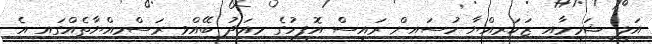
އަލީ ޝަމީމާއި ޒަކަރިއްޔާ ހުސައިން ރައީސް އޮފީހުގެ މިއަދު ބޭއްވި ރަސްމިއްޔާތެއްގައި އެ